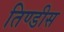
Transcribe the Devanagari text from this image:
तिण्डीस